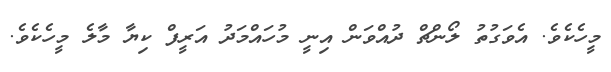
މީހެކެވެ. އެވަގުތު ލޯންޗް ދުއްވަން އިނީ މުހައްމަދު އަރީފް ކިޔާ މާލެ މީހެކެވެ.